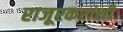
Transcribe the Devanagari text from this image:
राजूरकरांशी